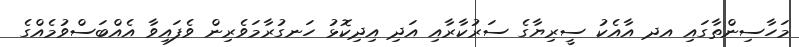
މަހާސިންތާގައި އދ އާއެކު ސީރިޔާގެ ސަރުކާރާއި އަދި އިދިކޮޅު ހަނގުރާމަވެރިން ވެފައިވާ އެއްބަސްވުމެއްގެ